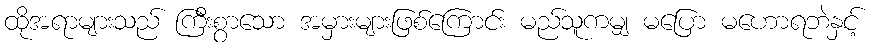
ထိုအရာများသည် ကြီးစွာသော အမှားများဖြစ်ကြောင်း မည်သူကမျှ မပြော မဟောရဘဲနှင့်